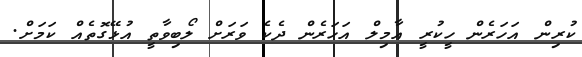
ކުރިން އަހަރެން ހީކުުރީ އާމިލް އަހަރެން ދެކެ ވަރަށް ލޯބިވާތީ އުޅޭގޮތެއް ކަމަށް.